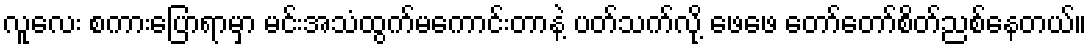
လူလေး စကားပြောရာမှာ မင်းအသံထွက်မကောင်းတာနဲ့ ပတ်သက်လို့ ဖေဖေ တော်တော်စိတ်ညစ်နေတယ်။